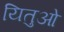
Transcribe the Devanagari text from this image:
यितुओ